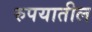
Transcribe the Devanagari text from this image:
रुपयातील